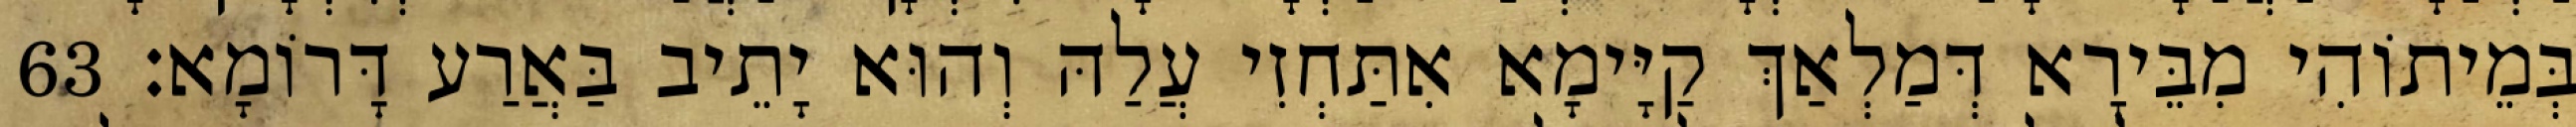
בְּמֵיתוֹהִי מִבֵּירָא דְּמַלְאַךְ קַיָּימָא אִתַּחְזִי עֲלַהּ וְהוּא יָתֵיב בַּאֲרַע דָּרוֹמָא׃ 63